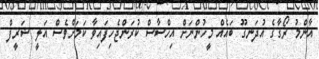
އާންމު ރޯގާގެ އުދަނގޫ ބައެއް މީހުންނަށް އިހްސާސް ކުރަންޖެހިފައިވާ ކަމަށްވެސް އަލީ ޝަރީފް